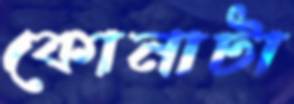
কোনাটা